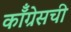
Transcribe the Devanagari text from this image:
कॉँग्रेसची